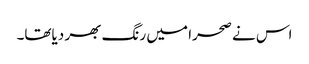
اس نے صحرا میں رنگ بھر دیاتھا۔